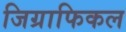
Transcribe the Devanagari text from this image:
जिग्राफिकल